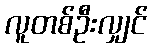
လူတစ်ဦးလျှင်